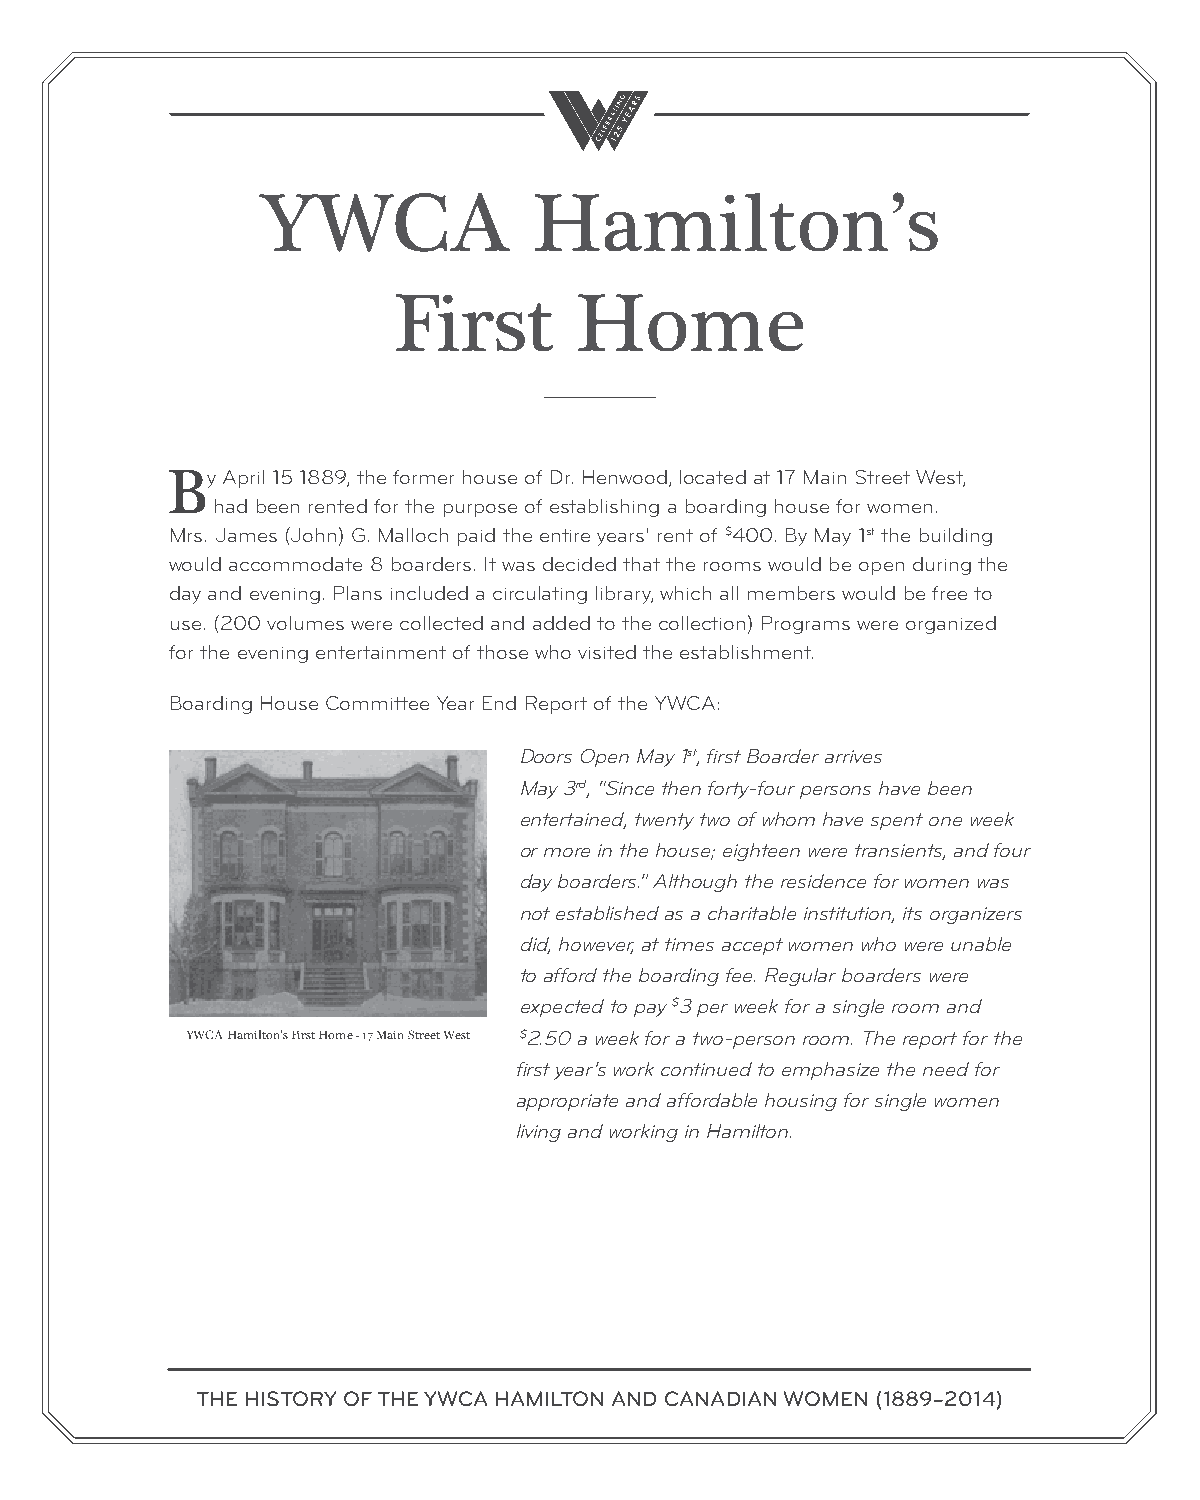
YWCA              Hamilton’s
 First       Home
 By  April 15 1889, the former house of Dr. Henwood, located at 17 Main Street West,
 had been rented for the purpose of establishing a boarding house for women.
 Mrs. James (John) G. Malloch paid the entire years’ rent of $400. By May 1st the building
 would accommodate 8 boarders. It was decided that the rooms would be open during the
 day and evening. Plans included a circulating library, which all members would be free to
 use. (200 volumes were collected and added to the collection) Programs were organized
 for the evening entertainment of those who visited the establishment.
 Boarding House Committee Year End Report of the YWCA:
 Doors Open May 1st, first Boarder arrives
 May 3rd, “Since then forty-four persons have been
 entertained, twenty two of whom have spent one week
 or more in the house; eighteen were transients, and four
 day boarders.” Although the residence for women was
 not established as a charitable institution, its organizers
 did, however, at times accept women who were unable
 to afford the boarding fee. Regular boarders were
 expected to pay $3 per week for a single room and
 YWCA Hamilton’s First Home - 17 Main Street West $2.50 a week for a two-person room. The report for the
 first year’s work continued to emphasize the need for
 appropriate and affordable housing for single women
 living and working in Hamilton.
 THE HISTORY OF THE YWCA HAMILTON AND CANADIAN WOMEN (1889–2014)